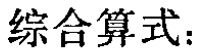
综合算式：